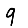
Digit: 9